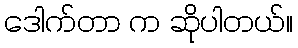
ဒေါက်တာ က ဆိုပါတယ်။